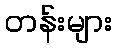
တန်းများ